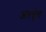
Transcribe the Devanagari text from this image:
अतंर्वृत्त